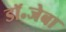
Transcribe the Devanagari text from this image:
डॉ॰जेबा